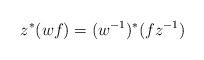
LaTeX: \begin{align*}z^{\ast}(wf)=(w^{-1})^{\ast}(fz^{-1})\end{align*}